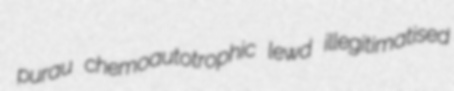
purau chemoautotrophic lewd illegitimatised